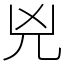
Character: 兇